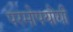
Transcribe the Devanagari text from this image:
परमोपयोगी